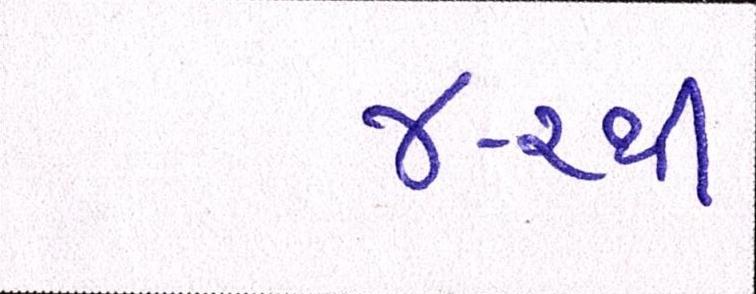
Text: ૪-૨થી